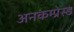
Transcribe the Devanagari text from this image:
अनकम्प्रेस्ड